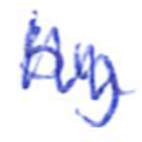
Text: by
Cross-out: zig-zag
Writing tool: ballpoint